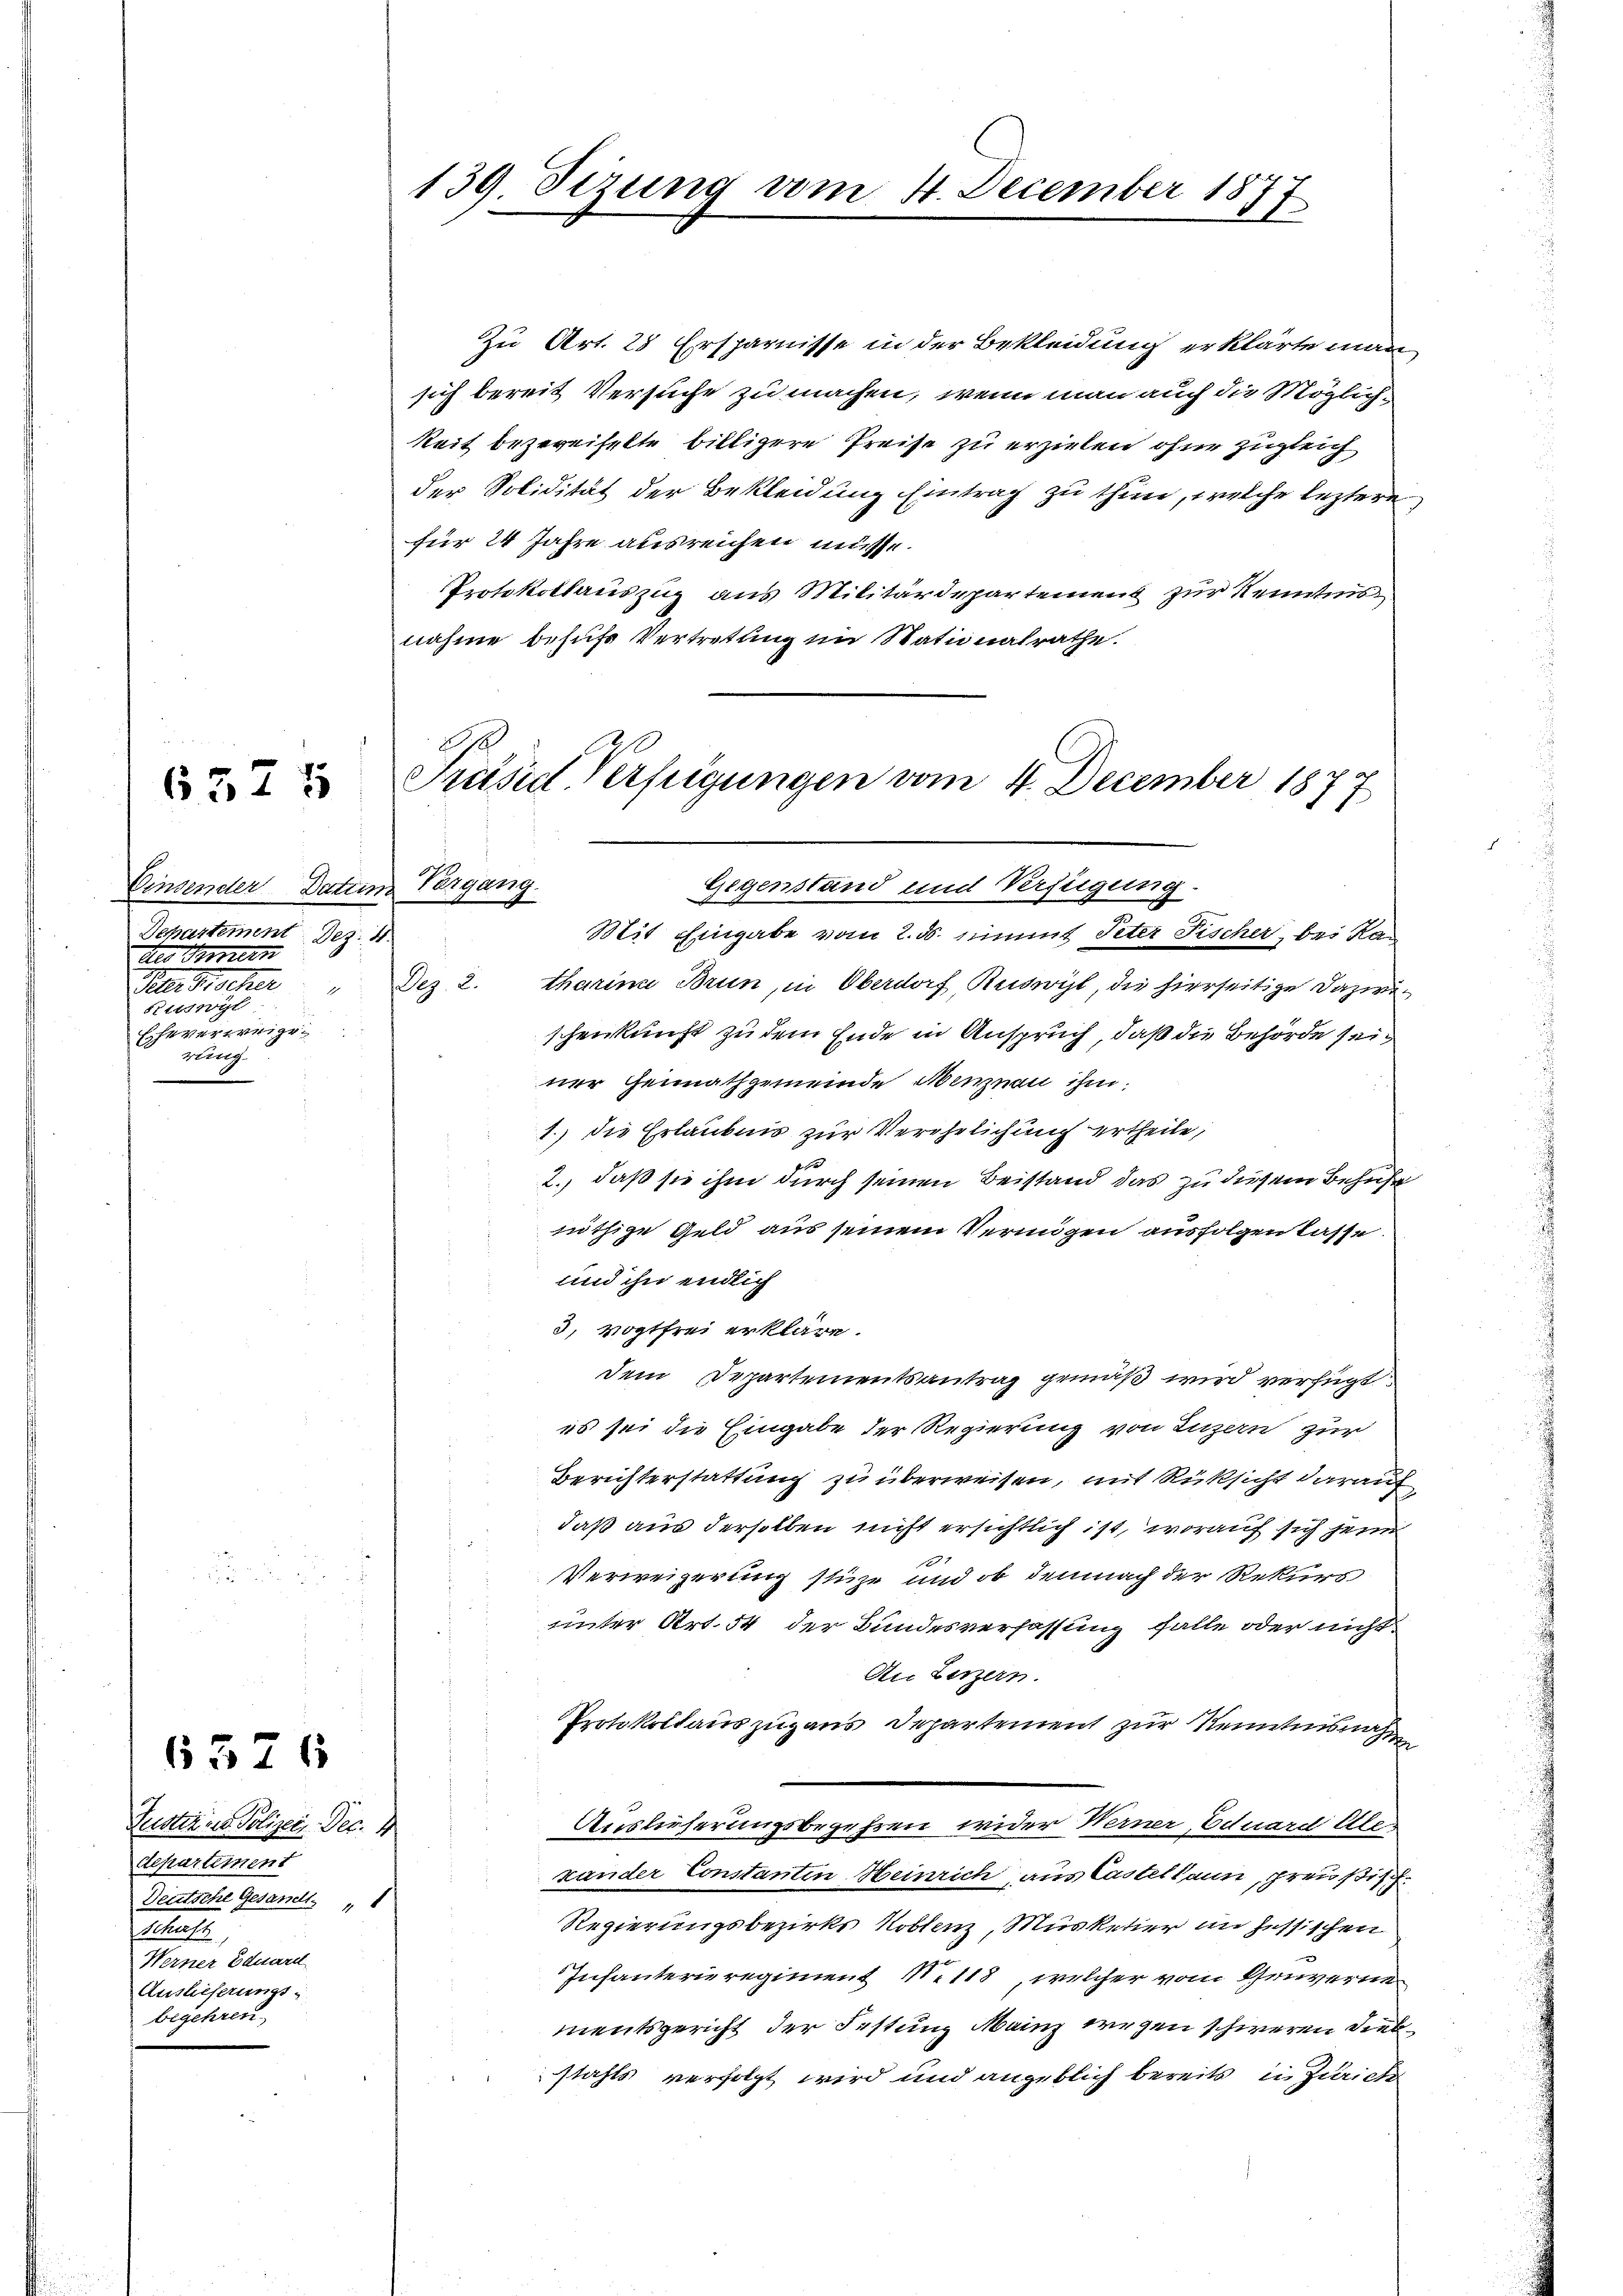
6375

Einsender Datum Vergang.
Departement Dez. 4.
des Bernern
ttwyl
Eheverweigering

Justian Polizei- Dec. 4
departement
Deutsche Gesandt
a
Werner Eduard
Auslieferungsbegehren

6376

139. Sizung vom 4. December 1877

Zu Art. 25 Ersparnisse in der Bekleidung erklärte man
sich bereit Versuche zu machen, wenn man auch die Möglichkeit bezweifelte billigere Preise zu erzielen ohne zugleich
der Solidität der Bekleidung Eintrag zu thun, welche leztere
für 24 Jahre ausreichen müsse.
Protokollauszug aus Militärdepartemens zur Kenntnis
nahme behufs Vertretung im Stationalrathe.

Präsid Verfügungen vom 4. December 18
177
Gegenstand und Verfügung.

Mit Eingabe vom 2. ds. stimmt Peter Fischer, bei Ra¬
Peter Fischer Dez. 2. tharina Brun, in Oberdorf, Reiswyl, die hierseitige Dazwischenkunft zu dem Ende in Anspruch, daß die Behörde sein
ner Gennathgemeinde Menznau ihm
1.) die Erlaubnis zur Verehrlichung ertheile;
2., daß sie ihm durch seinen Beistand das zu diesem Behuhr
nöthige Geld aus seinem Vermögen ausfolgen lasse
und ihn endlich
3. Vogtfrei erkläre.
Dem Departementsantrag gemäß wird verfügt
es sei die Eingabe der Regierung von Luzern zur
Berichterstattung zu überweisen, mit Rüksicht darauf
daß aus derselben nicht ersichtlich ist, worauf sich jene
Verweigerung stüre und ob demnach der Rekurs
unter Art. 54 der Bundesverfassung falle oder nicht
An Luzern.
Protokollauszug aus Departement zur Kenntnisnahm
Auslieferungsbegehren wider Werner Eduard Alexander Constanten Heinrich aus Castellann, preußisch
Regierungsbezirks Koblenz, Musketier in Zessischen
Infanterie regiment N. 118, welcher vom Genvernen
mentsgericht der Festung Mainz wegen schweren Diebstahls verfolgt wird und angeblich bereits in Zürich